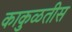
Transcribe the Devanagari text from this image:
काकुळतीस